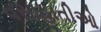
વસાહાતીઓ